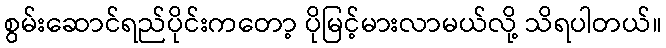
စွမ်းဆောင်ရည်ပိုင်းကတော့ ပိုမြင့်မားလာမယ်လို့ သိရပါတယ်။